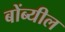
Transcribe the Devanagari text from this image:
बोंब्यील